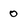
Character: 0